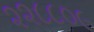
૨૨૮૮૦૯